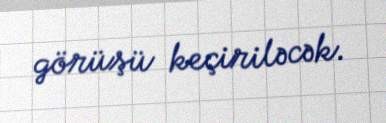
görüşü keçiriləcək.